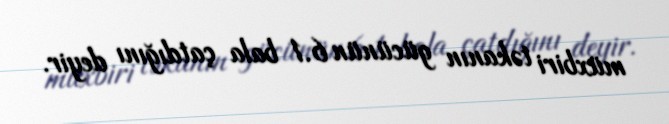
müxbiri təkanın gücünün 6.1 bala çatdığını deyir.